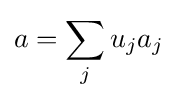
a=\sum _{j}u_{j}a_{j}